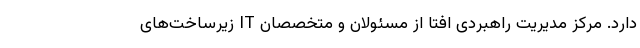
دارد. مرکز مدیریت راهبردی افتا از مسئولان و متخصصان IT زیرساخت‌های